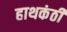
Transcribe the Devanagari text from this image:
हाथकंठी